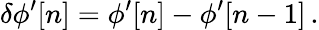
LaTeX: \delta\phi^{\prime}[n]=\phi^{\prime}[n]-\phi^{\prime}[n-1]\, .